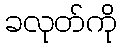
ခလုတ်ကို